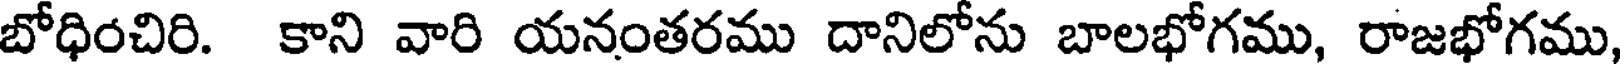
బోధించిరి. కాని వారి యనంతరము దానిలోను బాలభోగము, రాజభోగము,